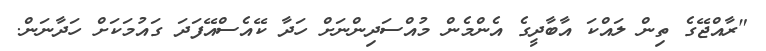
"ރާއްޖޭގެ ތިން ލައްކަ އާބާދީގެ އެންމެން މުއްސަދިންނަށް ހަދާ ކޭއެސްއޭފަދަ ގައުމަކަށް ހަދާނަން.